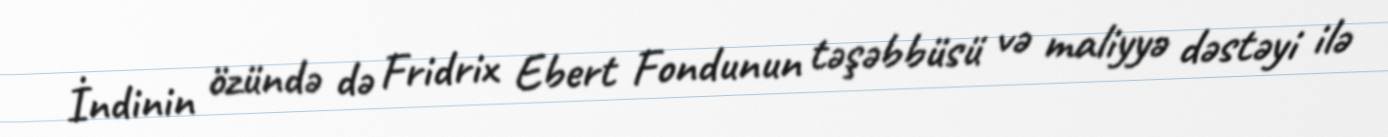
İndinin özündə də Fridrix Ebert Fondunun təşəbbüsü və maliyyə dəstəyi ilə